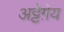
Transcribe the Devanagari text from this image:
अट्टेग़ेय